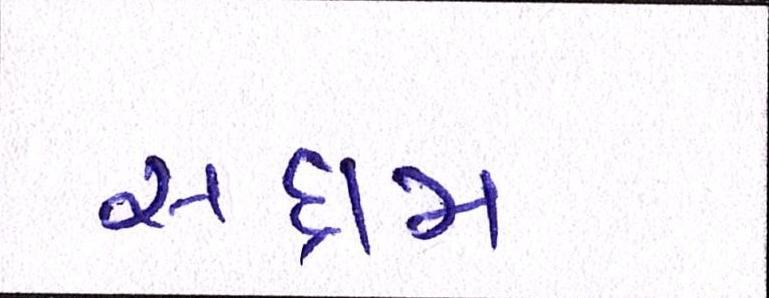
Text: સદ્દામ